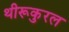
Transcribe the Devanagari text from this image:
थीरूकुरल